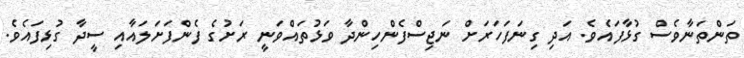
ތަންތަނާވެސް ގުޅާފައެވެ. އަދި ގިނަފަހަރަށް ނަޖިސްފެންހިންދާ ވަޅުތައްވަނީ ރަށުގެ ފެންފަށަލައާއި ސީދާ ގުޅިފައެވެ.